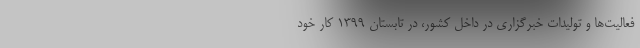
فعالیت‌ها و تولیدات خبرگزاری در داخل کشور، در تابستان 1399 کار خود